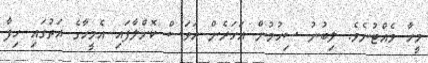
މީހާ ވެއްޓުނެވެ. ލިބުނު ސިހުމުން އަހަރެން އަވަސް ކޮށްލާފައި އެމީހާގެ އަތުގައި ހިފާ